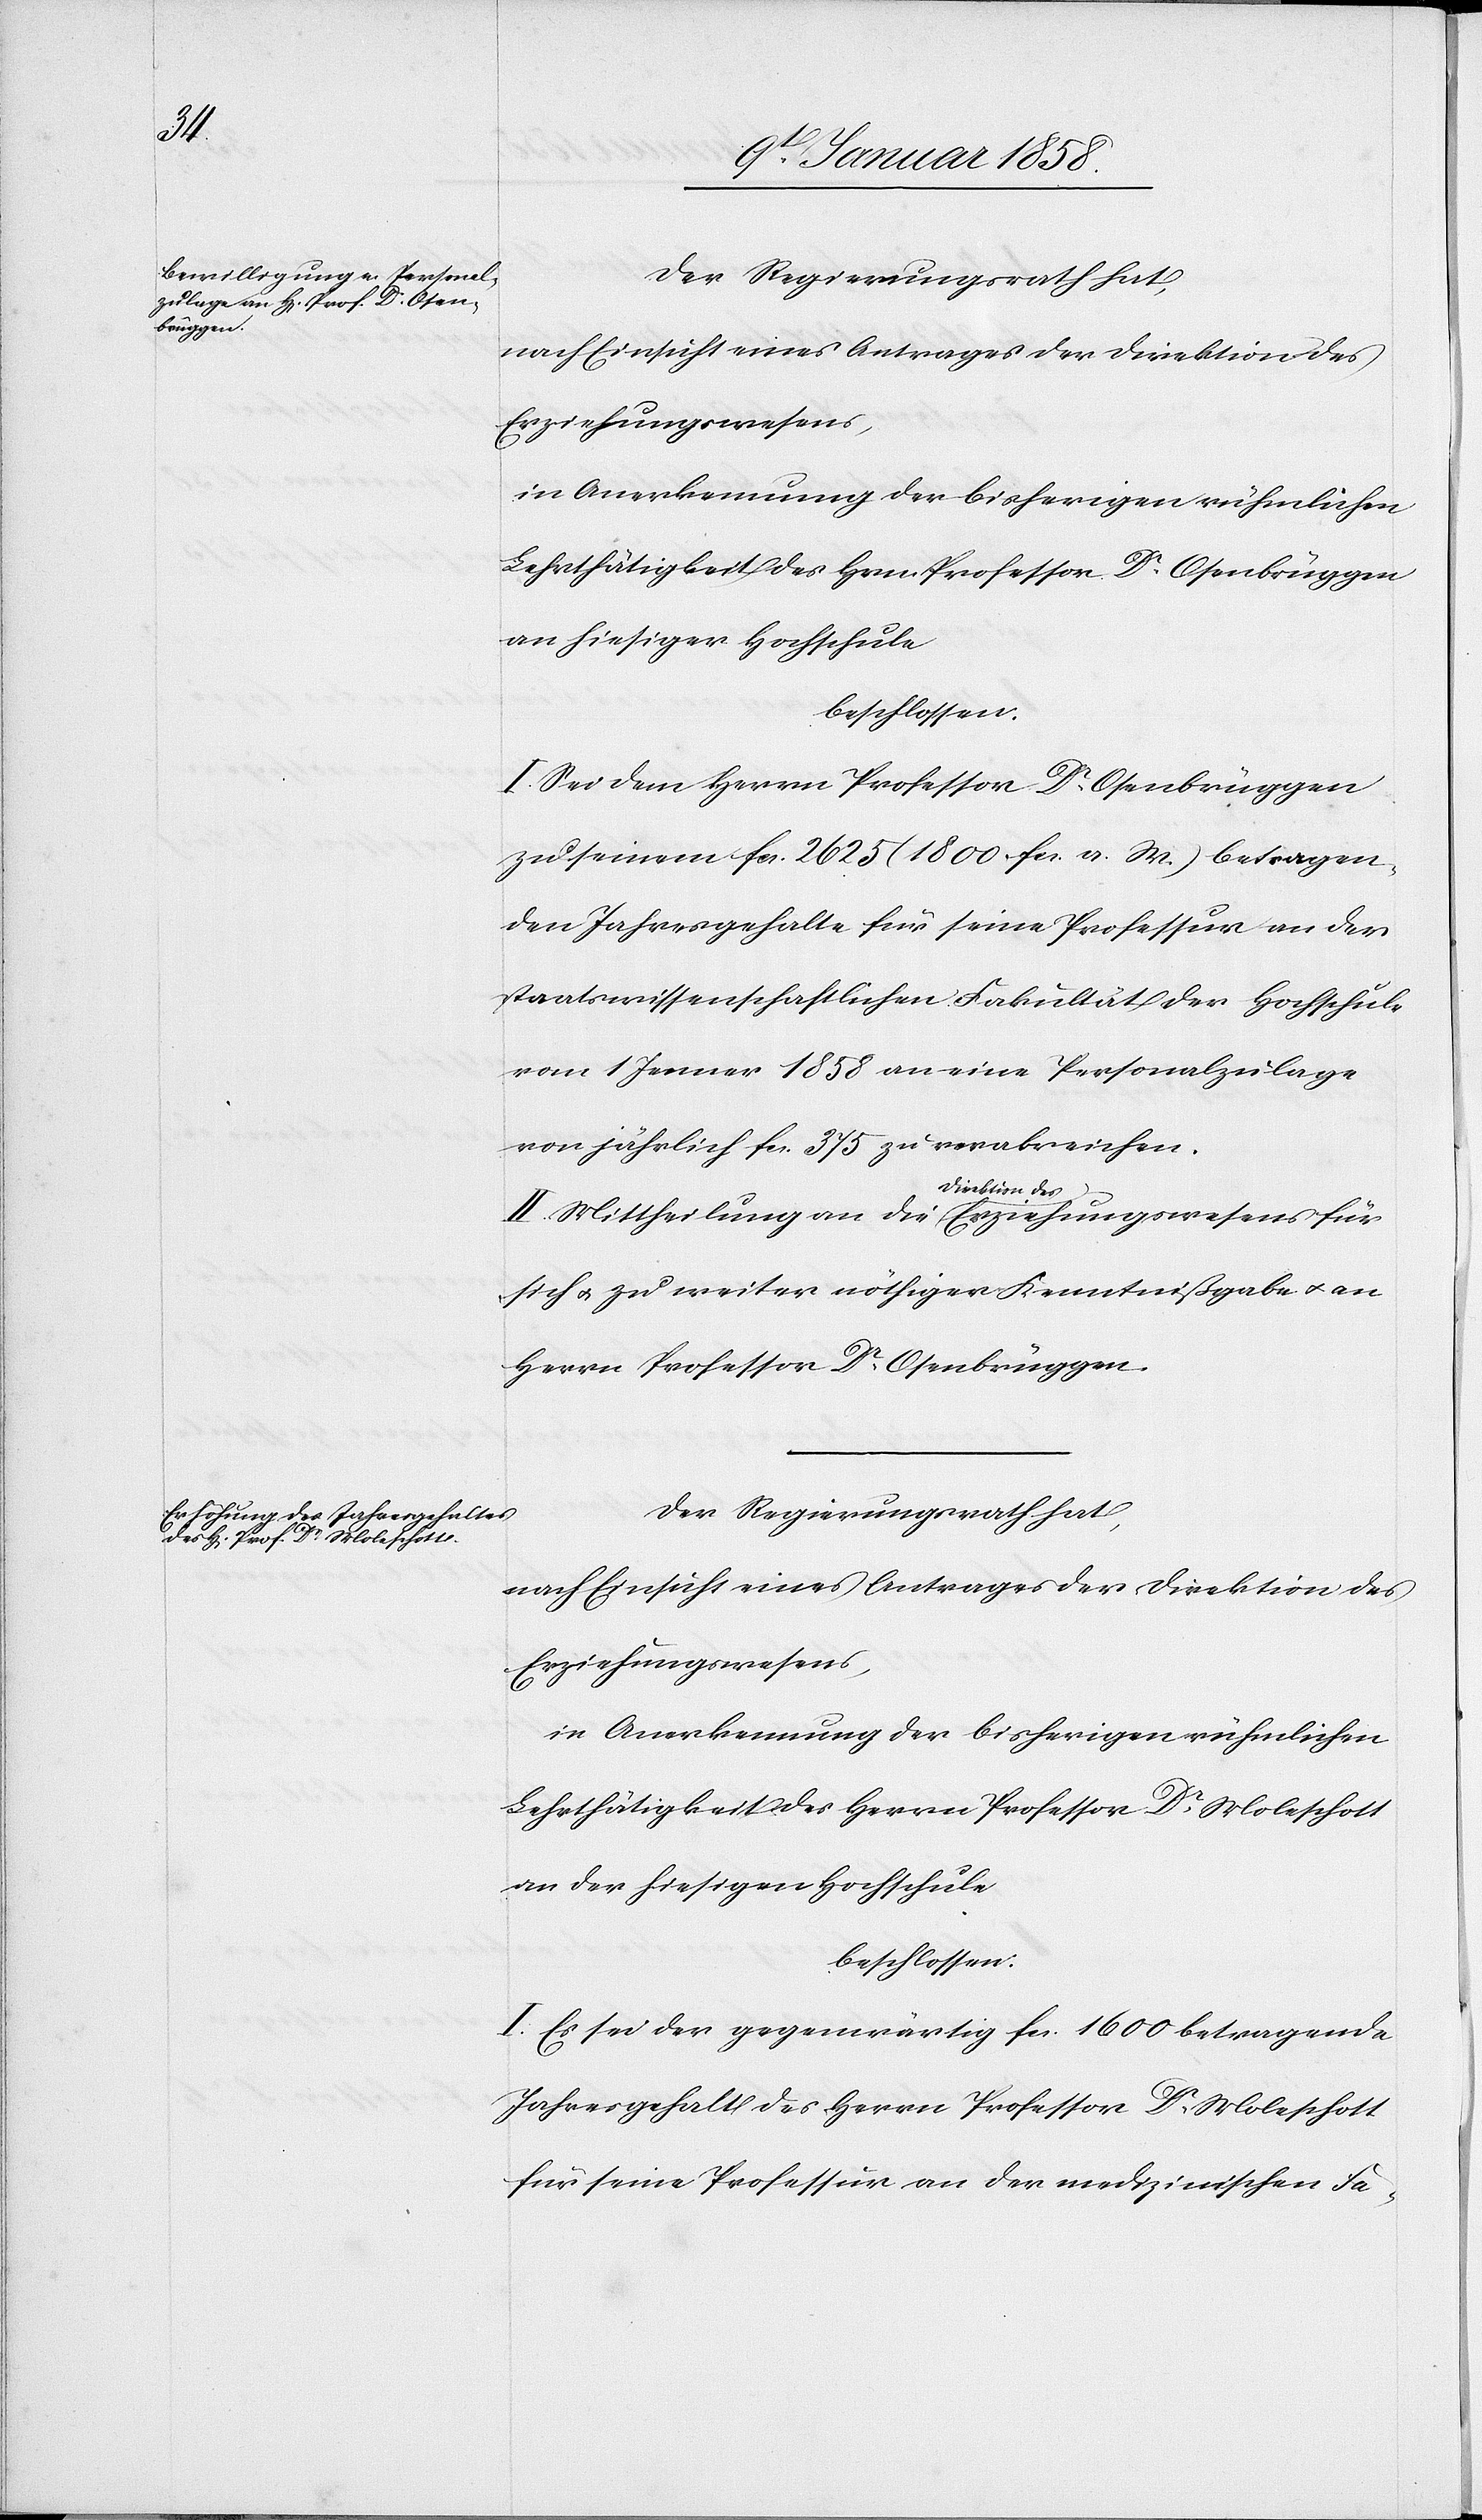
Der Regierungsrath hat,
nach Einsicht eines Antrages der Direktion des
Erziehungswesens,
in Anerkennung der bisherigen rühmlichen
Lehrthätigkeit des Hrn Professor Dr. Osenbrüggen
an hiesiger Hochschule
beschlossen:
I. Sei dem Herrn Professor Dr. Osenbrüggen
zu seinem fcs. 2625 (1800. fcs. a. M.) betragen¬
den Jahresgehalte für seine Professur an der
staatswissenschaftlichen Fakultät der Hochschule
vom 1 Jenner 1858 an eine Personalzulage
von jährlich fcs. 375 zu verabreichen.
II. Mittheilung an die Direktion des Erziehungswesens für
sich u. zu weiter nöthiger Kenntnißgabe u. an
Herrn Professor Dr. Osenbrüggen.
Der Regierungsrath hat,
nach Einsicht eines Antrages der Direktion des
Erziehungswesens,
in Anerkennung der bisherigen rühmlichen
Lehrthätigkeit des Herrn Professor Dr. Moleschott
an der hiesigen Hochschule
beschlossen:
I. Es sei der gegenwärtig fcs. 1600. betragende
Jahresgehalt des Herrn Professor Dr. Moleschott
für seine Professur an der medizinischen Fa-